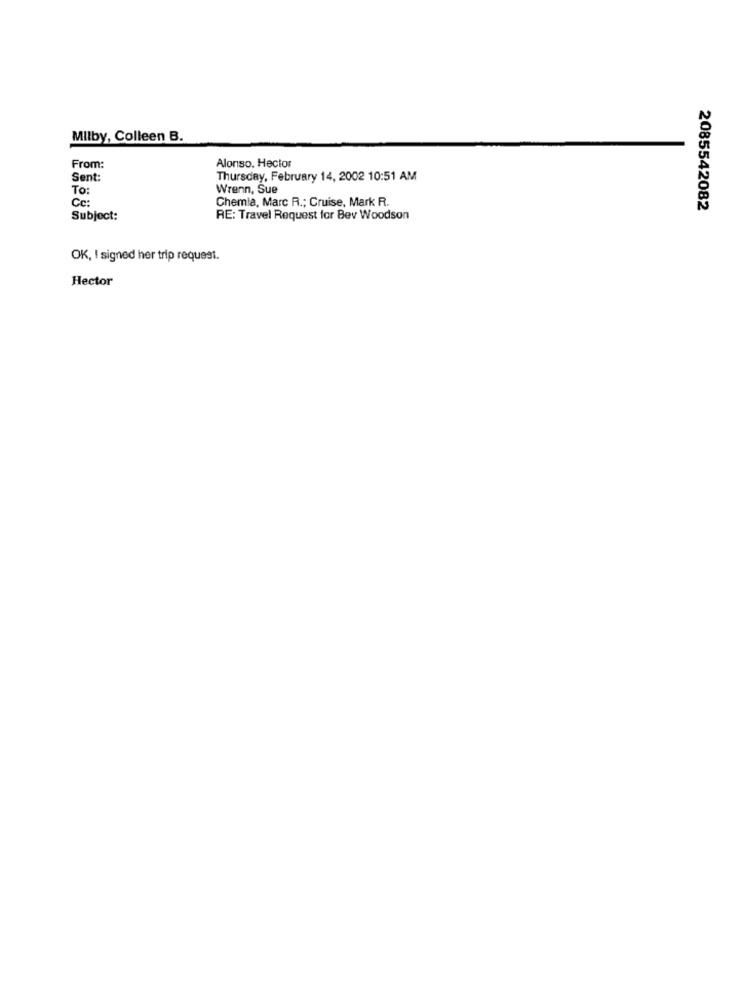
Milby, Colleen B.
From:
Alonso. Hector
Sent:
Thursday, February 14, 2002 10:51 AM
To:
Wrenn, Sue
Chemia, Marc R .; Cruise, Mark R.
Cc:
2085542082
Subject:
RE: Travel Request for Bev Woodson
OK, I signed her trip request.
Hector